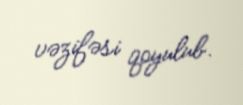
vəzifəsi qoyulub.